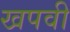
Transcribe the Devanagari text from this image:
खपवी